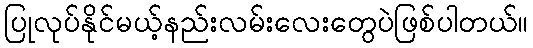
ပြုလုပ်နိုင်မယ့်နည်းလမ်းလေးတွေပဲဖြစ်ပါတယ်။